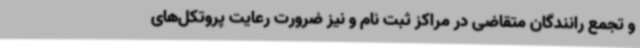
و تجمع رانندگان متقاضی در مراکز ثبت نام و نیز ضرورت رعایت پروتکل‌های